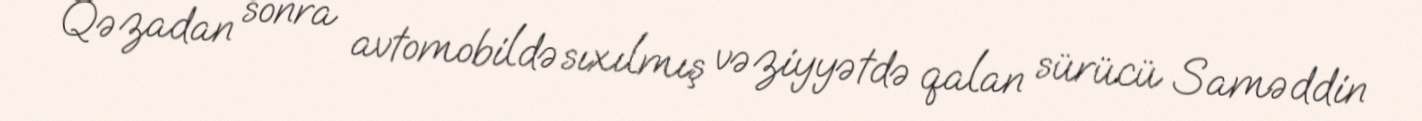
Qəzadan sonra avtomobildə sıxılmış vəziyyətdə qalan sürücü Saməddin